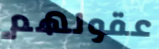
عقولهم